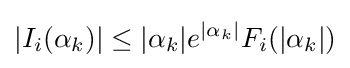
|I_{i}(\alpha _{k})|\leq {|\alpha _{k}|}e^{|\alpha _{k}|}F_{i}({|\alpha _{k}|})